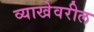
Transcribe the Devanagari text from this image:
व्याखेवरील